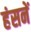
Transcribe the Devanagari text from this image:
हंसनें